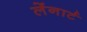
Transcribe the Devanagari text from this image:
लेंनार्ट